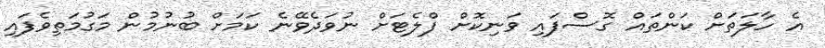
އެ ހާލަތަށް ކަންތައް ގޮސްފައި ވަނިކޮށް ފްލެޓަށް ނުވަދެވޭނެ ކަމަށް ބުނުމުން މަގުމަތިވެފައި